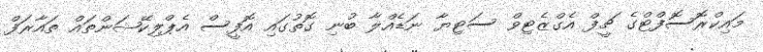
މައިކްރޮސޮފްޓްގެ ޗީފް އެގްޒެޓިވް ސަޓިޔާ ނަޑެއްލާ ބުނި ގޮތުގައި އޮފީސް އެޕްލިކޭޝަންތައް ތައާރަފް